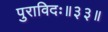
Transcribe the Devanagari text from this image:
पुराविदः॥३३॥